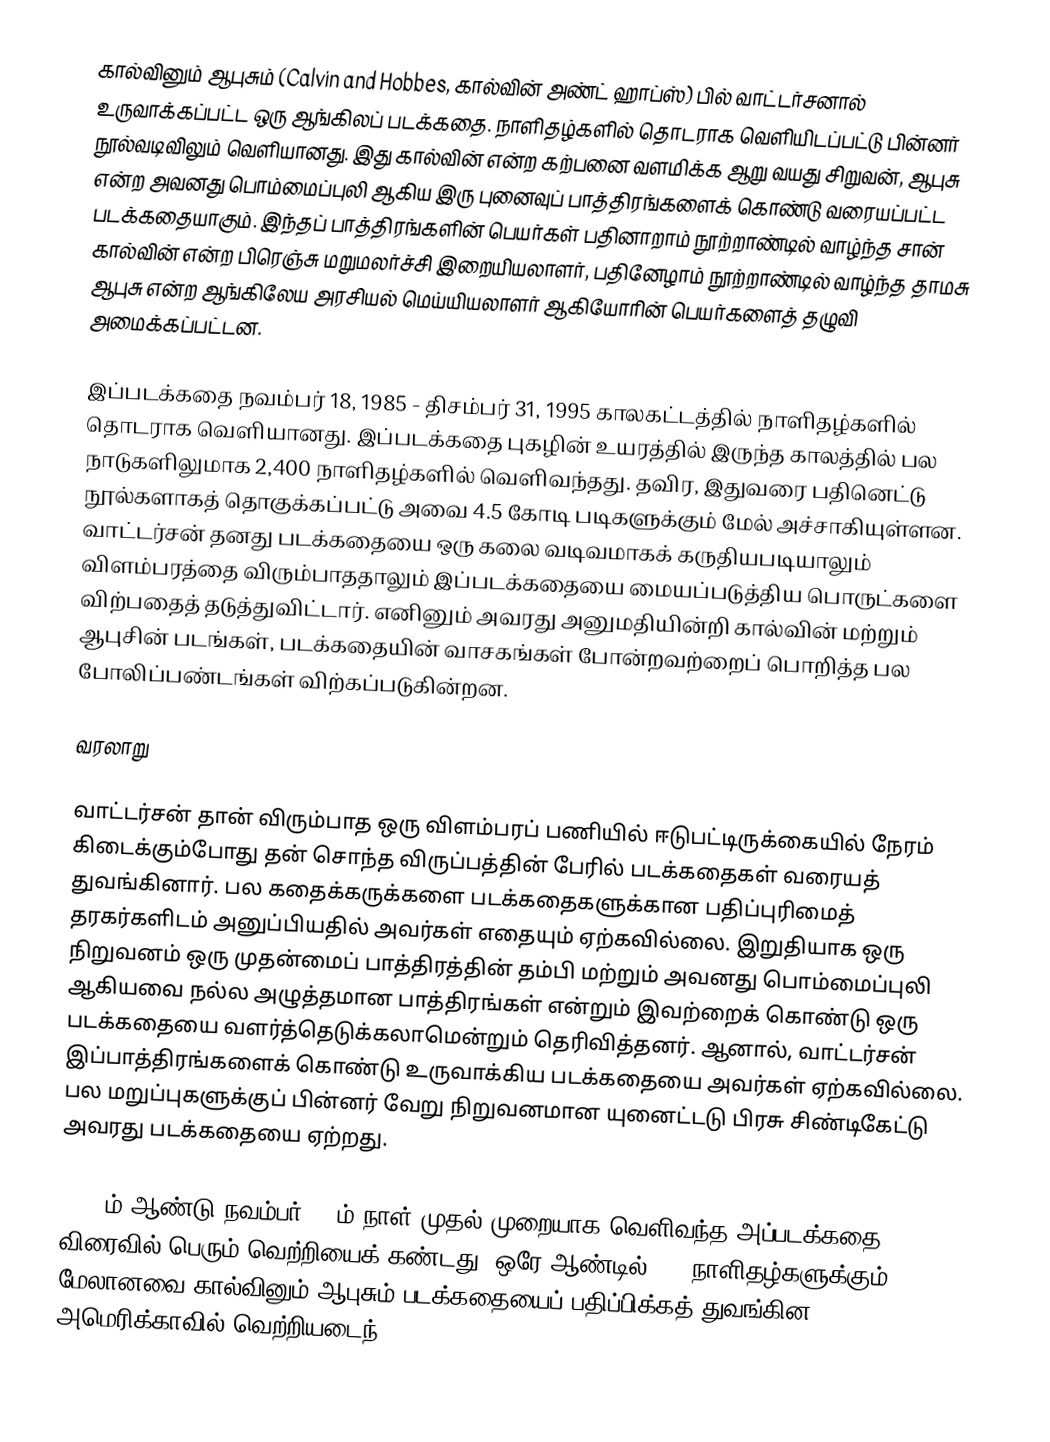
கால்வினும் ஆபுசும் (Calvin and Hobbes, கால்வின் அண்ட் ஹாப்ஸ்)  பில் வாட்டர்சனால் உருவாக்கப்பட்ட ஒரு ஆங்கிலப் படக்கதை. நாளிதழ்களில் தொடராக வெளியிடப்பட்டு பின்னர் நூல்வடிவிலும் வெளியானது. இது கால்வின் என்ற கற்பனை வளமிக்க ஆறு வயது சிறுவன், ஆபுசு என்ற அவனது பொம்மைப்புலி ஆகிய இரு புனைவுப் பாத்திரங்களைக் கொண்டு வரையப்பட்ட படக்கதையாகும். இந்தப் பாத்திரங்களின் பெயர்கள் பதினாறாம் நூற்றாண்டில் வாழ்ந்த சான் கால்வின் என்ற பிரெஞ்சு மறுமலர்ச்சி இறையியலாளர், பதினேழாம் நூற்றாண்டில் வாழ்ந்த தாமசு ஆபுசு என்ற ஆங்கிலேய அரசியல் மெய்யியலாளர் ஆகியோரின் பெயர்களைத் தழுவி அமைக்கப்பட்டன.

இப்படக்கதை நவம்பர் 18, 1985 - திசம்பர் 31, 1995 காலகட்டத்தில் நாளிதழ்களில் தொடராக வெளியானது. இப்படக்கதை புகழின் உயரத்தில் இருந்த காலத்தில் பல நாடுகளிலுமாக 2,400 நாளிதழ்களில் வெளிவந்தது. தவிர, இதுவரை பதினெட்டு நூல்களாகத் தொகுக்கப்பட்டு அவை 4.5 கோடி படிகளுக்கும் மேல் அச்சாகியுள்ளன. வாட்டர்சன் தனது படக்கதையை ஒரு கலை வடிவமாகக் கருதியபடியாலும் விளம்பரத்தை விரும்பாததாலும் இப்படக்கதையை மையப்படுத்திய பொருட்களை விற்பதைத் தடுத்துவிட்டார். எனினும் அவரது அனுமதியின்றி கால்வின் மற்றும் ஆபுசின் படங்கள், படக்கதையின் வாசகங்கள் போன்றவற்றைப் பொறித்த பல போலிப்பண்டங்கள் விற்கப்படுகின்றன.

வரலாறு

வாட்டர்சன் தான் விரும்பாத ஒரு விளம்பரப் பணியில் ஈடுபட்டிருக்கையில் நேரம் கிடைக்கும்போது தன் சொந்த விருப்பத்தின் பேரில் படக்கதைகள் வரையத் துவங்கினார். பல கதைக்கருக்களை படக்கதைகளுக்கான பதிப்புரிமைத் தரகர்களிடம் அனுப்பியதில் அவர்கள் எதையும் ஏற்கவில்லை. இறுதியாக ஒரு நிறுவனம் ஒரு முதன்மைப் பாத்திரத்தின் தம்பி மற்றும் அவனது பொம்மைப்புலி ஆகியவை நல்ல அழுத்தமான பாத்திரங்கள் என்றும் இவற்றைக் கொண்டு ஒரு படக்கதையை வளர்த்தெடுக்கலாமென்றும் தெரிவித்தனர். ஆனால், வாட்டர்சன் இப்பாத்திரங்களைக் கொண்டு உருவாக்கிய படக்கதையை அவர்கள் ஏற்கவில்லை. பல மறுப்புகளுக்குப் பின்னர் வேறு நிறுவனமான யுனைட்டடு பிரசு சிண்டிகேட்டு அவரது படக்கதையை ஏற்றது.

1985-ம் ஆண்டு நவம்பர் 18-ம் நாள் முதல் முறையாக வெளிவந்த அப்படக்கதை விரைவில் பெரும் வெற்றியைக் கண்டது. ஒரே ஆண்டில் 250 நாளிதழ்களுக்கும் மேலானவை கால்வினும் ஆபுசும் படக்கதையைப் பதிப்பிக்கத் துவங்கின. அமெரிக்காவில் வெற்றியடைந்